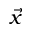
\vec { x }